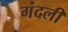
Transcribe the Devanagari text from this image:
गंदली